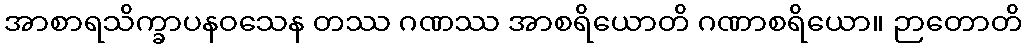
အာစာရသိက္ခာပနဝသေန တဿ ဂဏဿ အာစရိယောတိ ဂဏာစရိယော။ ဉာတောတိ